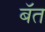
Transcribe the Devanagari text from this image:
बॅत